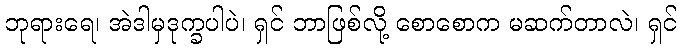
ဘုရားရေ၊ အဲဒါမှဒုက္ခပါပဲ၊ ရှင် ဘာဖြစ်လို့ စောစောက မဆက်တာလဲ၊ ရှင်